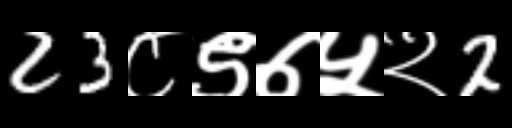
Text: 23८९७५२2